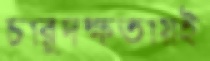
চারুদক্ষতায়ই